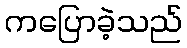
ကပြောခဲ့သည်